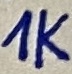
Text: 1K